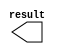
module COLOR_CAT (
	result);

	output	[7:0]  result;

endmodule